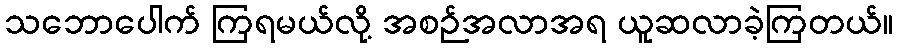
သဘောပေါက် ကြရမယ်လို့ အစဉ်အလာအရ ယူဆလာခဲ့ကြတယ်။